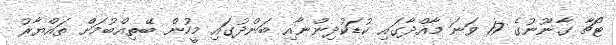
ޓޯޗާ ގާނޫނުގެ 17 ވަނަ މާއްދާގައި ކުޑަކުދިންނާއި ބަންދުގައި މީހުން ބޭތިއްބުމަށް ތައްޔާރު